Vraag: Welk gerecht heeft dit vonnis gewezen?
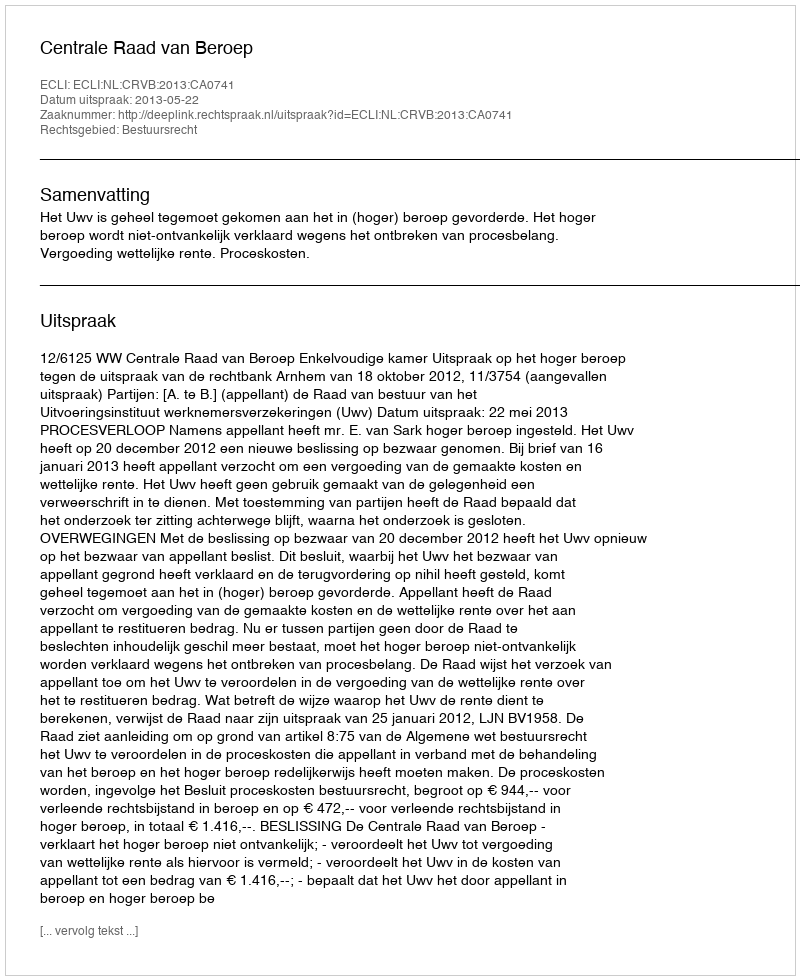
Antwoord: Centrale Raad van Beroep